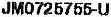
JM0725755-U